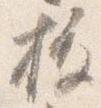
抜